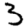
Digit: 3